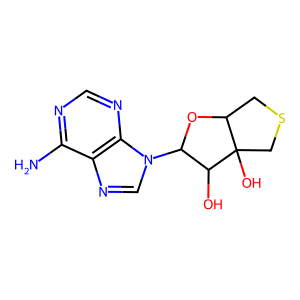
SMILES: Nc1ncnc2c1ncn2C1OC2CSCC2(O)C1O
Inhibits HIV replication: No